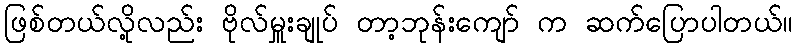
ဖြစ်တယ်လို့လည်း ဗိုလ်မှူးချုပ် တာ့ဘုန်းကျော် က ဆက်ပြောပါတယ်။